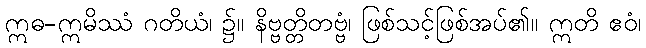
ဣဓ-ဣမိဿံ ဂတိယံ၊ ၌။ နိဗ္ဗတ္တိတဗ္ဗံ၊ ဖြစ်သင့်ဖြစ်အပ်၏။ ဣတိ ဧဝံ၊